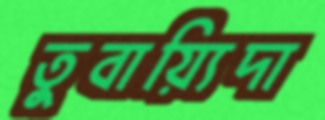
তুবায়্যিদা